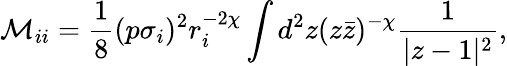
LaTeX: \mathcal M_{ii}=\frac{1}{8}(p\sigma_{i})^{2}r_{i}^{-2\chi}\int d^{2}z(z\bar{z})^{-\chi}\frac{1}{|z-1|^{2}},